Hookworm disease and how to prevent it
Disease focus: Hookworm
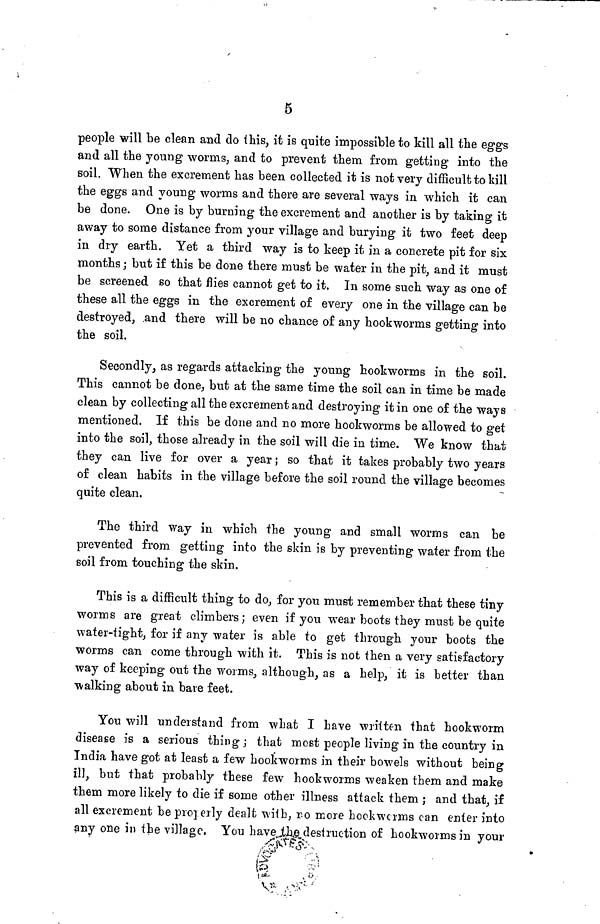
5
people will be clean and do this, it is quite impossible to kill all the eggs
and all the young worms, and to prevent them from getting into the
soil. When the excrement has been collected it is not very difficult to kill
the eggs and young worms and there are several ways in which it can
be done. One is by burning the excrement and another is by taking it
away to some distance from your village and burying it two feet deep
in dry earth. Yet a third way is to keep it in a concrete pit for six
months ; but if this be done there must be water in the pit, and it must
be screened so that flies cannot get to it. In some such way as one of
these all the eggs in the excrement of every one in the village can be
destroyed, and there will be no chance of any hookworms getting into
the soil.
Secondly, as regards attacking the young hookworms in the soil.
This cannot be done, but at the same time the soil can in time be made
clean by collecting all the excrement and destroying it in one of the ways
mentioned. If this be done and no more hookworms be allowed to get
into the soil, those already in the soil will die in time. We know that
they can live for over a year ; so that it takes probably two years
of clean habits in the village before the soil round the village becomes
quite clean.
The third way in which the young and small worms can be
prevented from getting into the skin is by preventing water from the
soil from touching the skin.
This is a difficult thing to do, for you must remember that these tiny
worms are great climbers; even if you wear boots they must be quite
water-tight, for if any water is able to get through your boots the
worms can come through with it. This is not then a very satisfactory
way of keeping out the worms, although, as a help, it is better than
walking about in bare feet.
You will understand from what I have written that hookworm
disease is a serious thing; that most people living in the country in
India have got at least a few hookworms in their bowels without being
ill, but that probably these few hookworms weaken them and make
them more likely to die if some other illness attack them ; and that, if
all excrement be properly dealt with, no more hookworms can enter into
any one in the village. You have the destruction of hookworms in your